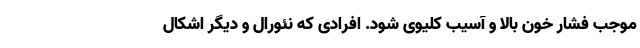
موجب فشار خون بالا و آسیب کلیوی شود. افرادی که نئورال و دیگر اشکال